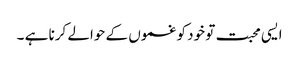
ایسی محبت تو خود کو غموں کے حوالے کرنا ہے ۔